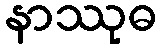
နာဿုဓ